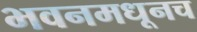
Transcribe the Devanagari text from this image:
भवनमधूनच